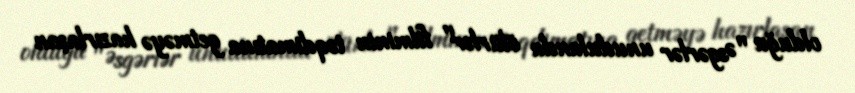
olduğu "Əsgərlər unudulanda ölürlər" filminin təqdimatına getməyə hazırlaşan